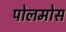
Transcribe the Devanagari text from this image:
पोलमोस